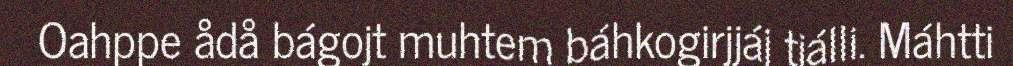
Oahppe ådå bágojt muhtem báhkogirjjáj tjálli. Máhtti